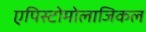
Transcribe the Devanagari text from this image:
एपिस्टोमोलाजिकल